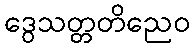
ဒွေသတ္တတိညေဝ